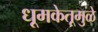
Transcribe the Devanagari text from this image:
धूमकेतूमुळे